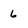
Character: 6